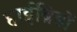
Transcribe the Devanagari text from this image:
हाईब्रिडों